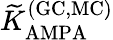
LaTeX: {\widetilde K}_{\mathrm{AMPA}}^{\mathrm{(GC,MC)}}